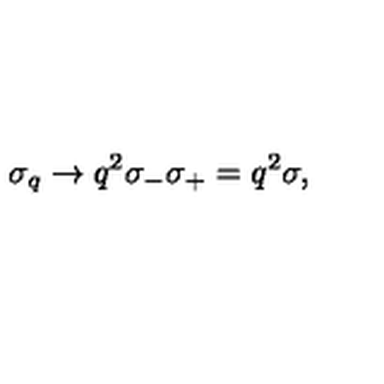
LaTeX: \sigma _ { q } \rightarrow q ^ { 2 } \sigma _ { - } \sigma _ { + } = q ^ { 2 } \sigma ,